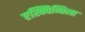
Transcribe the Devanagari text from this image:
एस्क्विन्तिला